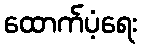
ထောက်ပံ့ရေး